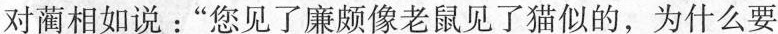
对蔺相如说：“您见了廉颇像老鼠见了猫似的，为什么要